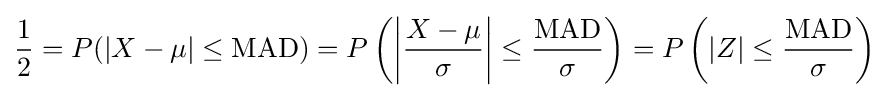
{\frac {1}{2}}=P(|X-\mu |\leq \operatorname {MAD} )=P\left(\left|{\frac {X-\mu }{\sigma }}\right|\leq {\frac {\operatorname {MAD} }{\sigma }}\right)=P\left(|Z|\leq {\frac {\operatorname {MAD} }{\sigma }}\right)